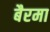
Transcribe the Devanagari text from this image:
बैरमा